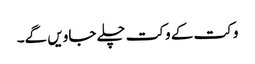
وکت کے وکت چلے جاویں گے۔